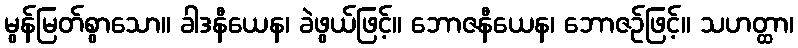
မွန်မြတ်စွာသော။ ခါဒနီယေန၊ ခဲဖွယ်ဖြင့်။ ဘောဇနီယေန၊ ဘောဇဉ်ဖြင့်။ သဟတ္ထာ၊